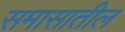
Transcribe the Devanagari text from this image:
समासातील